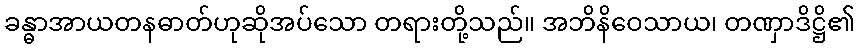
ခန္ဓာအာယတနဓာတ်ဟုဆိုအပ်သော တရားတို့သည်။ အဘိနိဝေသာယ၊ တဏှာဒိဋ္ဌိ၏